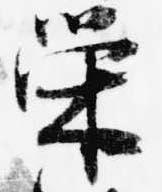
栄